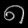
Digit: ၈